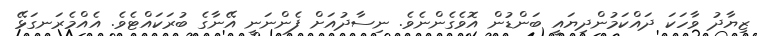
ޒިޔާދު ވާހަކަ ދައްކަމުންދިޔައީ ބަންޑުން އޮވެގެންނެވެ. ނިސާދުއަށް ފެންނަނީ އޭނާގެ ބުރަކައްޓެވެ. އެއްމެރަނގަޅޭ